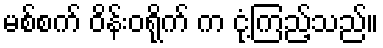
မစ်စက် ဝိန်းဝရိုက် က ငုံ့ကြည့်သည်။